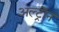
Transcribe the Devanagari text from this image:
अल्ट्राॅन